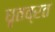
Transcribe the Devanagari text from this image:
धृतव्रत